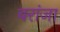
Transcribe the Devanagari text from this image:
बरांजा